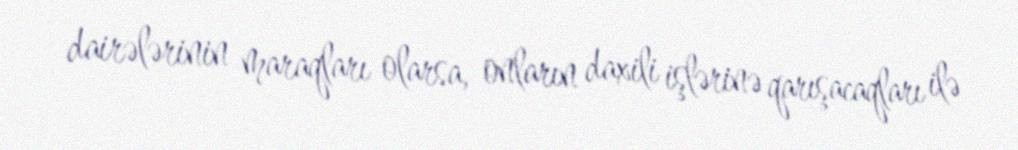
dairələrinin maraqları olarsa, onların daxili işlərinə qarışacaqları ilə